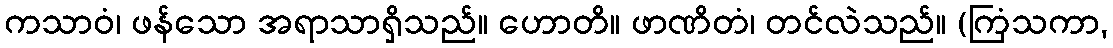
ကသာဝံ၊ ဖန်သော အရာသာရှိသည်။ ဟောတိ။ ဖာဏိတံ၊ တင်လဲသည်။ (ကြံသကာ,